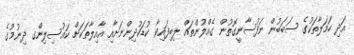
އަދި ހަމަލާތަކުގެ ސަބަބުން ނަފުސާނީގޮތުން ގެއްލުންތައް ލިބިފައިވާ ކުޑަކުދިންނަށާއި އާއިލާތަކަށް ކައުސިލިންގ ދިނުމުގެ